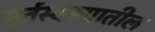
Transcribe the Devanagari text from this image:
मूर्तस्वरूपातील